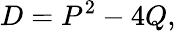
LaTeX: D=P^{2}-4Q,